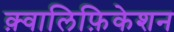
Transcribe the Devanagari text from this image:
क़्वालिफ़िकेशन